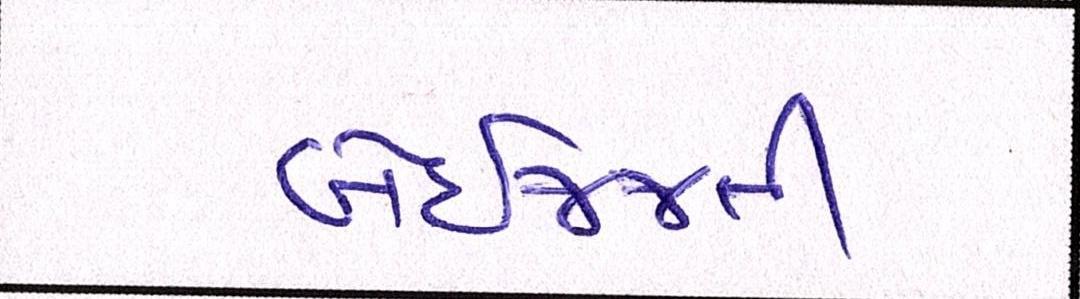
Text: બેઇજ્જતી